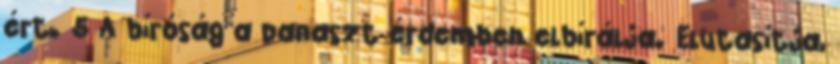
ért. 5 A bíróság a panaszt érdemben elbírálja. Elutasítja,